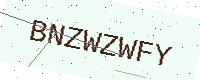
Text: BNZWZWFY